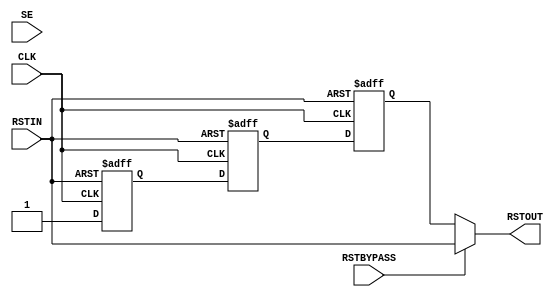
//-----------------------------------------------------------------------------
// The confidential and proprietary information contained in this file may
// only be used by a person authorised under and to the extent permitted
// by a subsisting licensing agreement from ARM Limited.
//
//            (C) COPYRIGHT 2008-2015  ARM Limited or its affiliates.
//                ALL RIGHTS RESERVED
//
// This entire notice must be reproduced on all copies of this file
// and copies of this file may only be made by a person if such person is
// permitted to do so under the terms of a subsisting license agreement
// from ARM Limited.
//
//      SVN Information
//
//      Checked In          : $Date: 2009-02-18 14:27:55 +0000 (Wed, 18 Feb 2009) $
//
//      Revision            : $Revision: 101336 $
//
//      Release Information : Cortex-M0 DesignStart-r1p0-00rel0
//-----------------------------------------------------------------------------

module cm0_dbg_reset_sync #(parameter PRESENT = 1)
                           (input  wire RSTIN,
                            input  wire CLK,
                            input  wire SE,
                            input  wire RSTBYPASS,
                            output wire RSTOUT);

  // This module is instantiated where a reset synchroniser is required.
  // The purpose of this module is to produce a reset which is asynchronously
  // asserted and synchronously deasserted from a reset that is both asserted
  // and deasserted asynchronously. Note that it is assumed here that
  // the resets in question are active LOW

  // ------------------------------------------------------------
  // NOTE: THIS MODULE IS NOT INTENDED FOR USE IN SYNTHESIS
  // IT IS STRONGLY RECOMMENDED THAT AN EQUIVALENT MODULE
  // DIRECTLY INSTANTIATING CELLS FROM YOUR LIBRARY THAT MEET
  // THE REQUIREMENTS DETAILED BELOW IS USED INSTEAD
  // ------------------------------------------------------------

  // Requirements
  // -------------

  // 1 - The final D-type in the synchroniser must be guaranteed to
  // change cleanly (i.e. never glitch) whilst reset is held
  // inactive

  // ------------------------------------------------------------
  // Reference model for reset synchroniser
  // ------------------------------------------------------------

  reg  rst_sync0, rst_sync1, rst_sync2;

  wire cfg_present = (PRESENT != 0);

  always @(posedge CLK or negedge RSTIN)
    if (~RSTIN) begin
      rst_sync0 <= 1'b0;
      rst_sync1 <= 1'b0;
      rst_sync2 <= 1'b0;
    end else if (cfg_present) begin
      rst_sync0 <= 1'b1;
      rst_sync1 <= rst_sync0;
      rst_sync2 <= rst_sync1;
    end

  assign RSTOUT = (RSTBYPASS | ~cfg_present) ? RSTIN : rst_sync2;

endmodule

// ---------------------------------------------------------------
// EOF
// ---------------------------------------------------------------